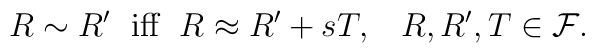
R \sim R' \;\hbox{ iff } \; R \approx R' + s T, \;\;\; R, R', T \in {\cal F}.